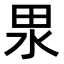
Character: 𭻅